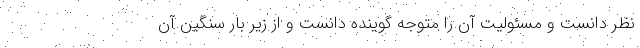
نظر دانست و مسئولیت آن را متوجه گوینده دانست و از زیر بار سنگین آن